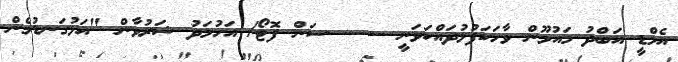
އެމްޑީ އަބްދު މައުމޫން ވާހަކަފުޅުދައްކަވަނީ ----- ސަން ފޮޓޯ/ އަހުމަދު ޝަރުވާން "އަޅުގަނޑުމެން